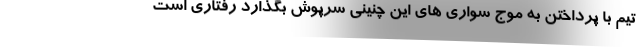
تیم با پرداختن به موج سواری های این چنینی سرپوش بگذارد رفتاری است